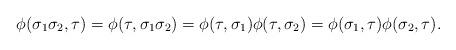
LaTeX: \begin{align*}\phi(\sigma_1 \sigma_2, \tau) = \phi(\tau, \sigma_1 \sigma_2) = \phi(\tau, \sigma_1) \phi(\tau, \sigma_2) = \phi(\sigma_1, \tau) \phi(\sigma_2, \tau).\end{align*}